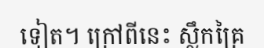
ទៀត។ ក្រៅពីនេះ ស្លឹកគ្រៃ